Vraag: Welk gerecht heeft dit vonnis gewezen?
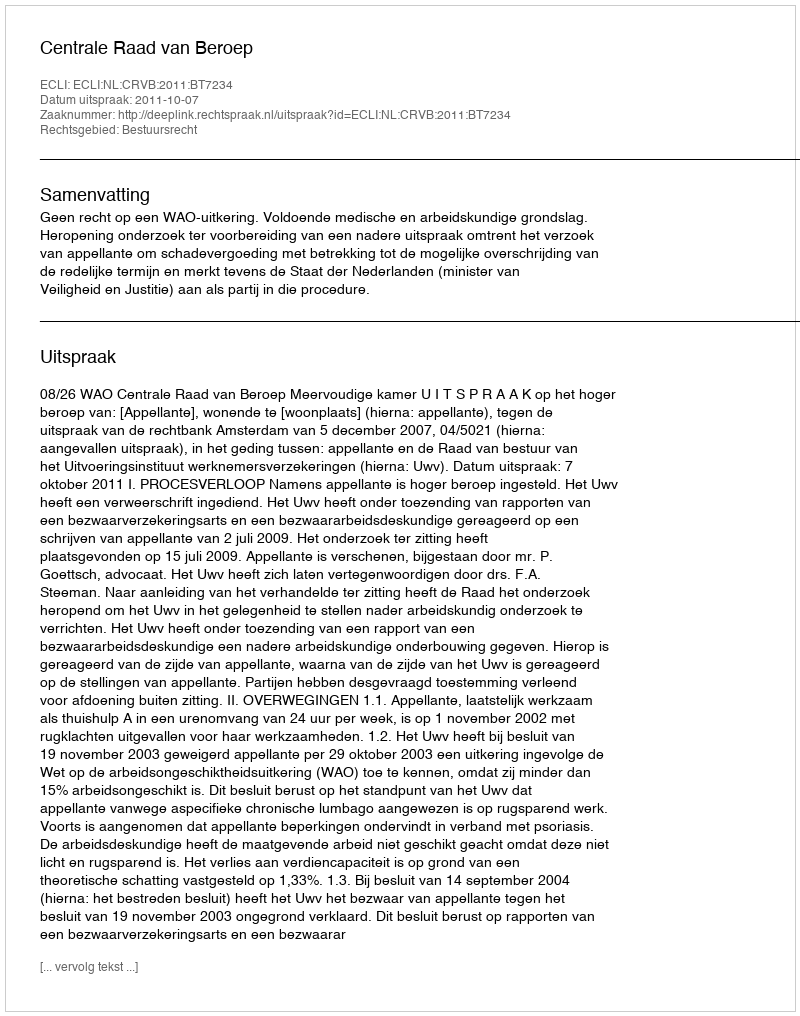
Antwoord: Centrale Raad van Beroep